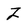
Character: Z